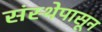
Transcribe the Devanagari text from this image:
संस्थेपासून